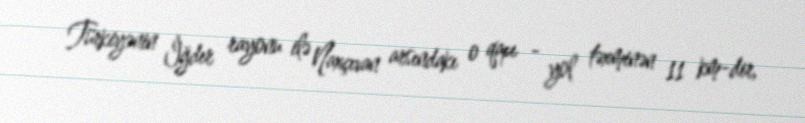
Türkiyənin İğdır rayonu ilə Naxçıvan arsındakı o qapı - yol təxminən 11 km-dir,